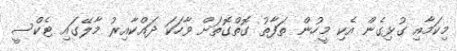
މިކަމާއި ގުޅިގެން އެކި މީހުން ތަފާތު ގޮތްގޮތަށް ވާހަކަ ދައްކާއިރު މާލޭގައި ޓެކްސީ